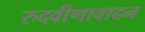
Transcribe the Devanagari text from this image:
रुदवीणावादन